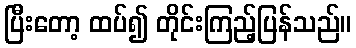
ပြီးတော့ ထပ်၍ တိုင်းကြည့်ပြန်သည်။